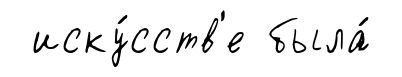
иску́сств'е была́